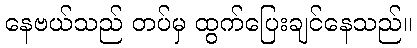
နေဗယ်သည် တပ်မှ ထွက်ပြေးချင်နေသည်။